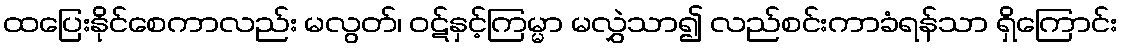
ထပြေးနိုင်စေကာလည်း မလွတ်၊ ဝဋ်နှင့်ကြမ္မာ မလွှဲသာ၍ လည်စင်းကာခံရန်သာ ရှိကြောင်း